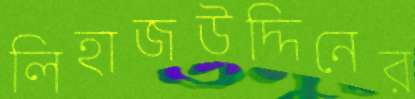
লিহাজউদ্দিনের